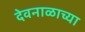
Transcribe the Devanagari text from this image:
देवनाळाच्या